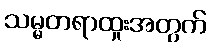
သမ္မတရာထူးအတွက်